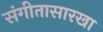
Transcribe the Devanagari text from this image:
संगीतासारखा